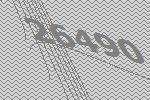
26490